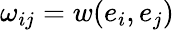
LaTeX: \omega_{ij}=w(e_{i},e_{j})